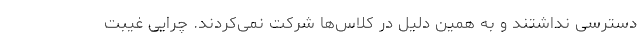
دسترسی نداشتند و به همین دلیل در کلاس‌ها شرکت نمی‌کردند. چرایی غیبت